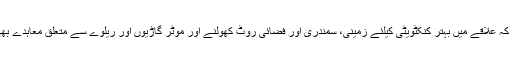
افتخار ملک نے کہا کہ علاقے میں بہتر کنکٹویٹی کیلئے زمینی، سمندری اور فضائی روٹ کھولنے اور موٹر گاڑیوں اور ریلوے سے متعلق معاہدے بھی اشد ضروری ہیں۔